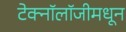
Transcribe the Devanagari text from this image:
टेक्‍नॉलॉजीमधून